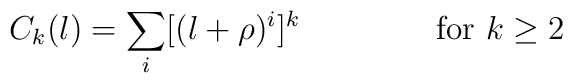
C_{k}(l)=\sum_{i}[(l+\rho)^{i}]^{k} \makebox[2in]{for $k\geq 2$}